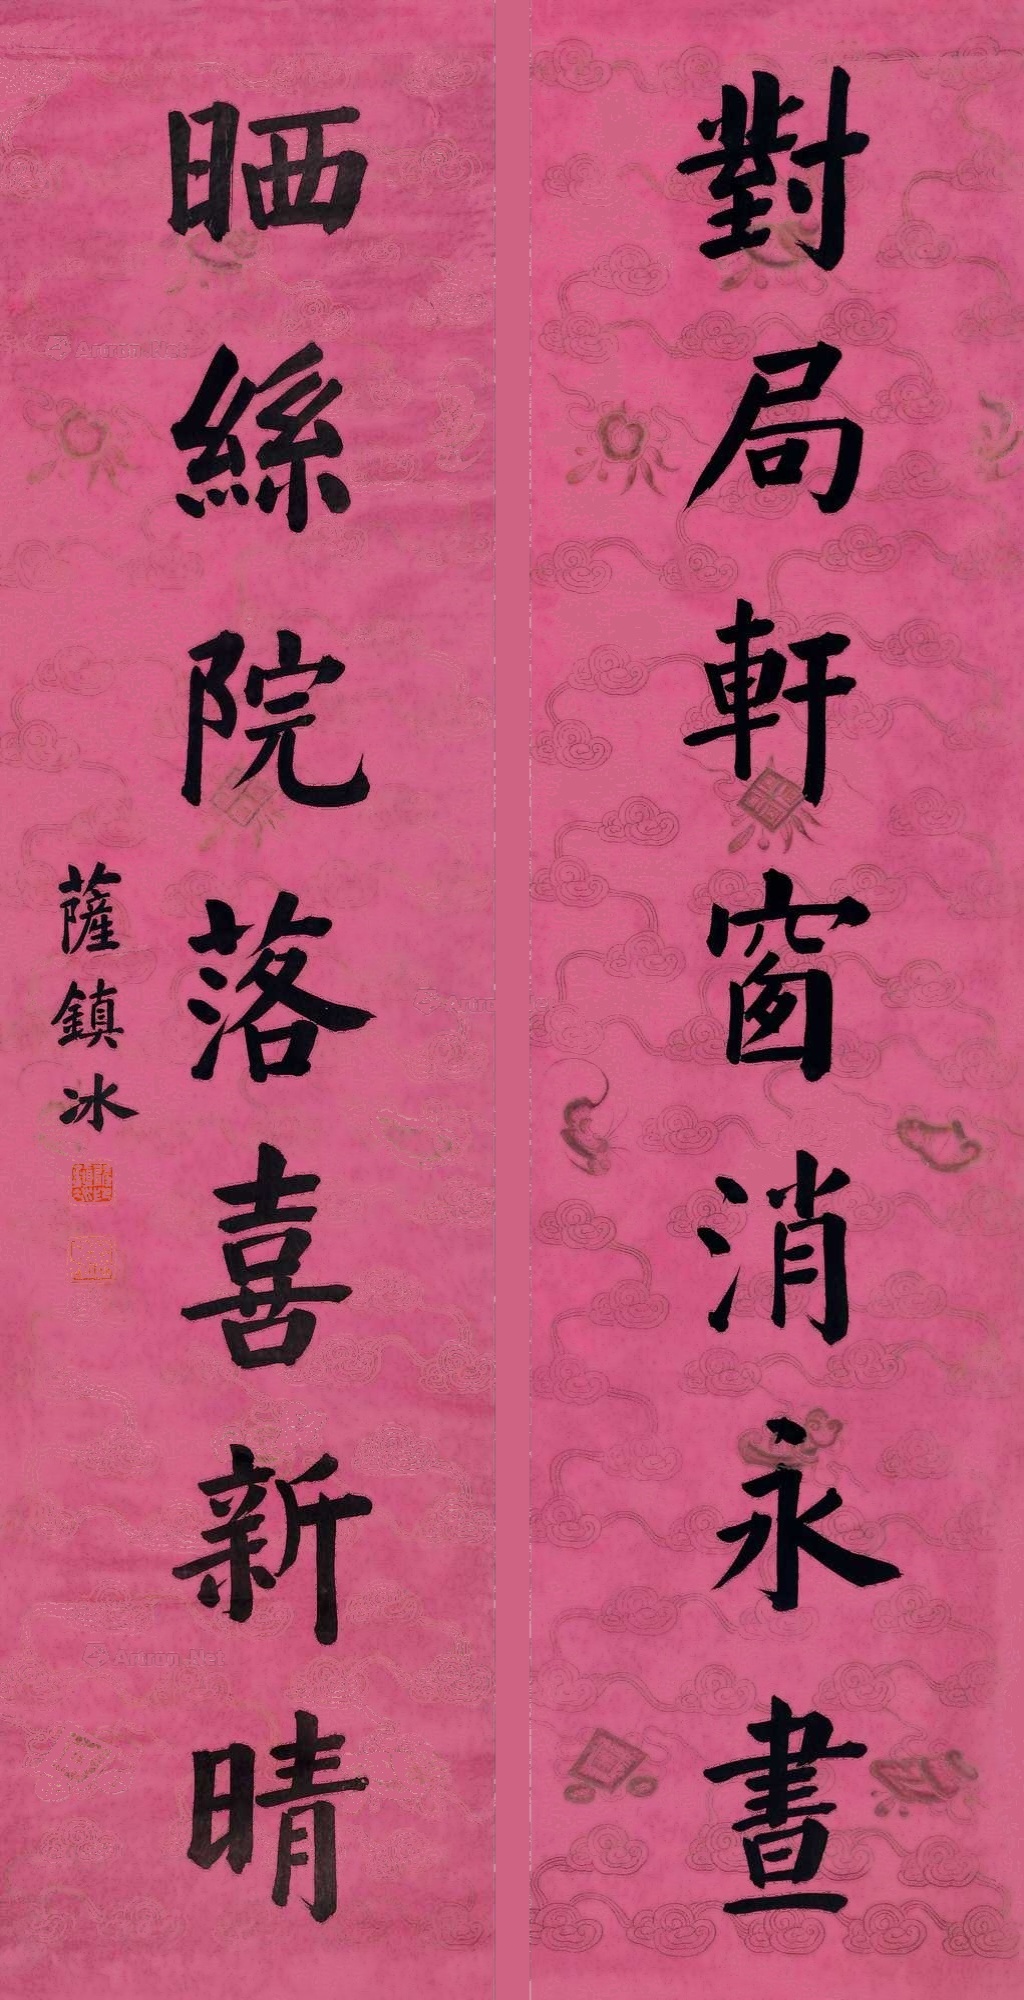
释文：对局轩窗消永书，晒丝院落喜新晴。萨镇冰。